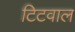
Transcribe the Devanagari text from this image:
टिटवाल